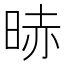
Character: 𣇐